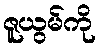
ဇူယွမ်ကို